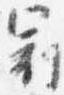
冠